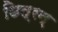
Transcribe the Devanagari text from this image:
छित्रन्